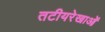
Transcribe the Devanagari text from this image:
तटीयरेखाओं